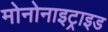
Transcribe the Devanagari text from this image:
मोनोनाइट्राइड